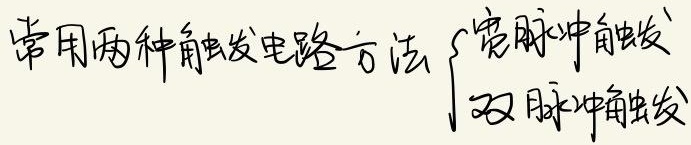
常用两种触发电路方法：
\(\begin{cases}
\text{宽脉冲触发} \\
\text{双脉冲触发}
\end{cases}\)